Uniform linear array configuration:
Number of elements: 12
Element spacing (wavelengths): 0.25
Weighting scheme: cosine
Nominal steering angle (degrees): -15
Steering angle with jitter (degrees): -14.953
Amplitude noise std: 0.05
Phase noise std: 0.05

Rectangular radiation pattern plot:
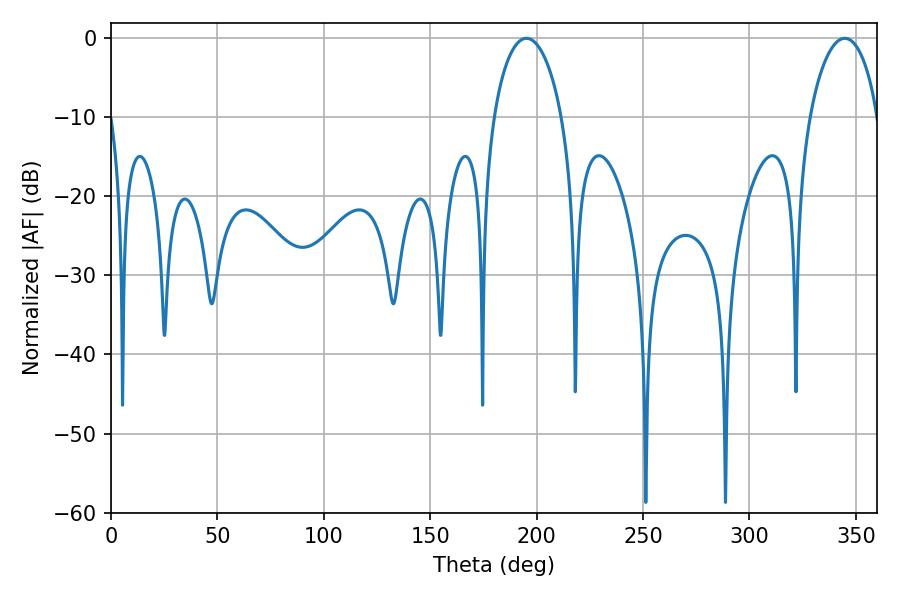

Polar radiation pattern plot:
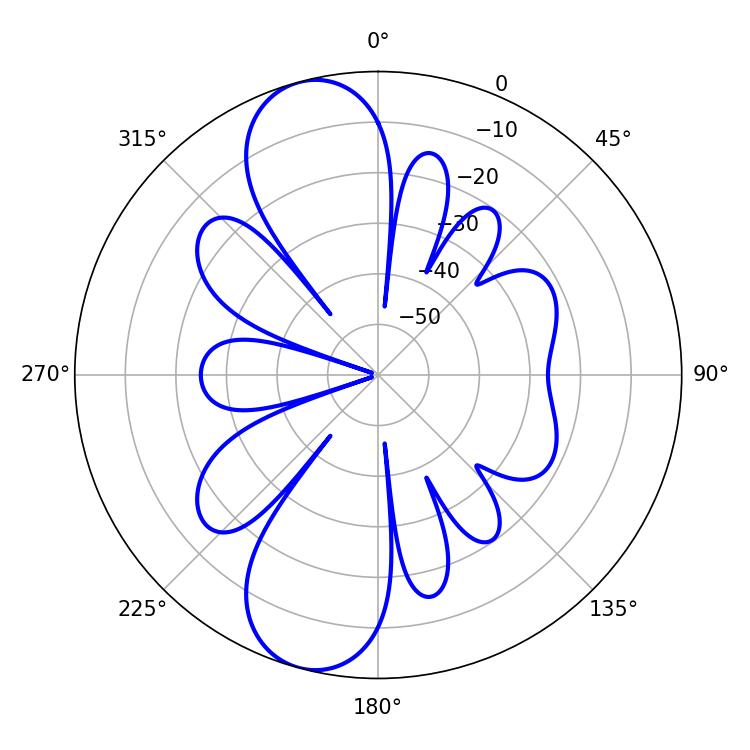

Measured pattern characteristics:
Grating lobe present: FALSE
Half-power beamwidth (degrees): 18.36
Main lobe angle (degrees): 195.12